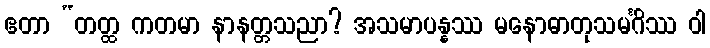
ဧတာ “တတ္ထ ကတမာ နာနတ္တသညာ? အသမာပန္နဿ မနောဓာတုသမင်္ဂိဿ ဝါ